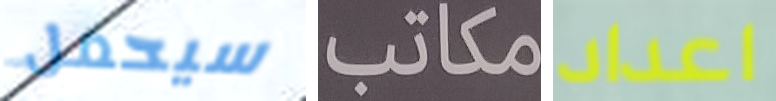
سيحمل مكاتب اعداد